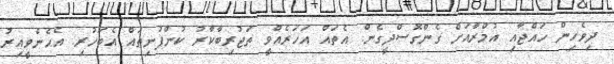
ދިވެހިން ހައްޖާއި އުމްރާއަށް ގެންގޮސްދީގެން. އެތައް އަހަރެއްވީ ތަޖުރިބާކާރު ކުންފުނިތައް އެބަހުރި. އެހެންވީއިރު